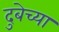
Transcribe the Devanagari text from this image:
दुबेच्या